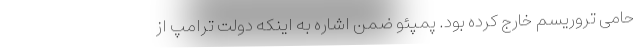
حامی تروریسم خارج کرده بود. پمپئو ضمن اشاره به اینکه دولت ترامپ از